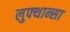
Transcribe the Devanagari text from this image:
लुफ्थान्सा